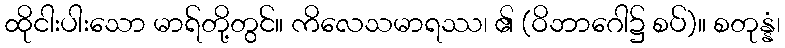
ထိုငါးပါးသော မာရ်တို့တွင်။ ကိလေသမာရဿ၊ ၏ (ဝိဘာဂေါ၌ စပ်)။ စတုန္နံ၊